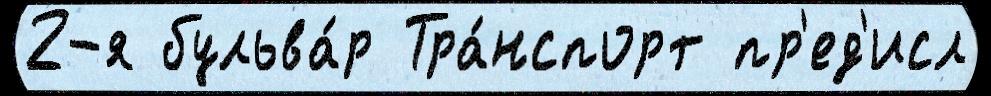
2-я бульва́р Тра́нспорт пр'ед'исл